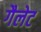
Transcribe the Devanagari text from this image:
गैलेट